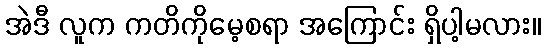
အဲဒီ လူက ကတိကိုမေ့စရာ အကြောင်း ရှိပါ့မလား။